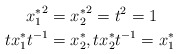
\begin{align*}{x_1^*}^2&={x_2^*}^2=t^2=1\\ tx_1^*t^{-1}&=x_2^*,tx_2^*t^{-1}=x_1^*\end{align*}